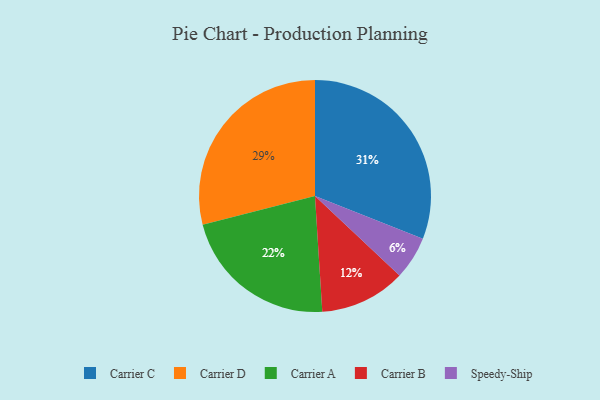
{"axis": {"x": "Category", "y": "Percentage"}, "legend": ["Carrier A", "Carrier B", "Carrier C", "Carrier D", "Speedy-Ship"], "data": [{"x": "Speedy-Ship", "y": 6, "type": "Speedy-Ship"}, {"x": "Carrier D", "y": 29, "type": "Carrier D"}, {"x": "Carrier C", "y": 31, "type": "Carrier C"}, {"x": "Carrier B", "y": 12, "type": "Carrier B"}, {"x": "Carrier A", "y": 22, "type": "Carrier A"}]}